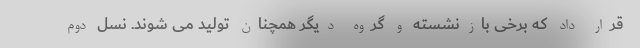
قرار داد که برخی بازنشسته و گروه دیگر همچنان تولید می شوند. نسل دوم